Indian Civil Veterinary Department memoirs
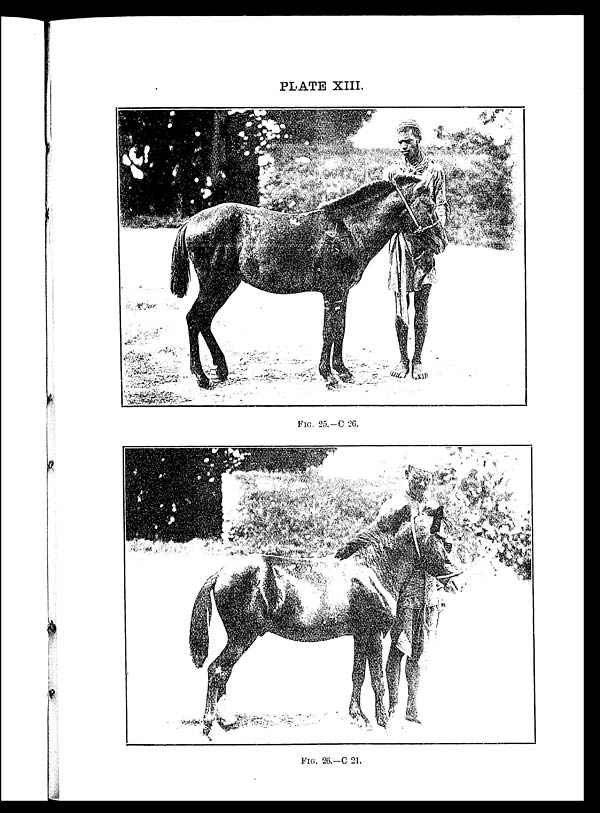
PLATE XIII.
FIG. 25.—C 26.
FIG. 26.—C 21.